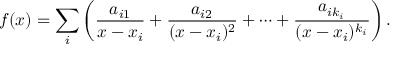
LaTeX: f ( x ) = \sum _ { i } \left( { \frac { a _ { i 1 } } { x - x _ { i } } } + { \frac { a _ { i 2 } } { ( x - x _ { i } ) ^ { 2 } } } + \cdots + { \frac { a _ { i k _ { i } } } { ( x - x _ { i } ) ^ { k _ { i } } } } \right) .